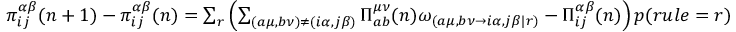
\begin{array} { r } { \pi _ { i j } ^ { \alpha \beta } ( n + 1 ) - \pi _ { i j } ^ { \alpha \beta } ( n ) = \sum _ { r } \left( \sum _ { ( a \mu , b \nu ) \neq ( i \alpha , j \beta ) } \Pi _ { a b } ^ { \mu \nu } ( n ) \omega _ { ( a \mu , b \nu \rightarrow i \alpha , j \beta | r ) } - \Pi _ { i j } ^ { \alpha \beta } ( n ) \right) p ( r u l e = r ) } \end{array}